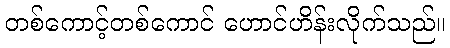
တစ်ကောင့်တစ်ကောင် ဟောင်ဟိန်းလိုက်သည်။